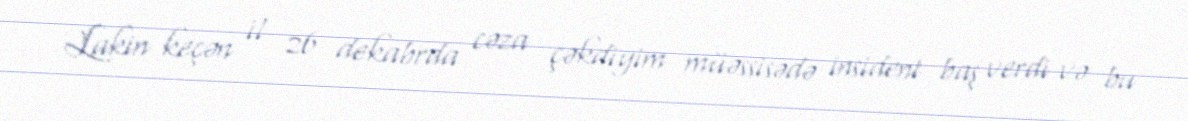
Lakin keçən il 26 dekabrda cəza çəkdiyim müəssisədə insident baş verdi və bu